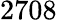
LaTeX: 2708